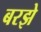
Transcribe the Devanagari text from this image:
बरझे